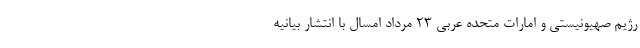
رژیم صهیونیستی و امارات متحده عربی ۲۳ مرداد امسال با انتشار بیانیه